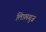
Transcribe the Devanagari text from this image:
लिफ़्स्चुज़